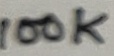
Text: 100K